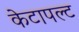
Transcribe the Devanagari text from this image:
केटापल्ट